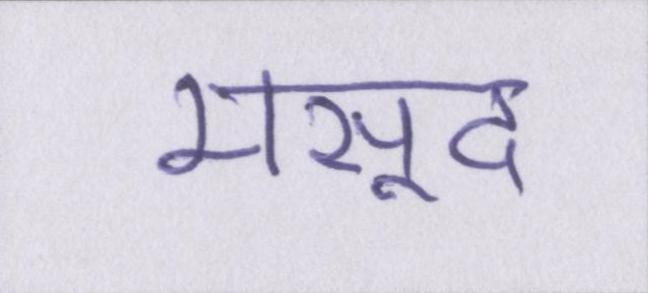
मसूद